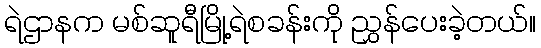
ရဲဌာနက မစ်ဆူရီမြို့ရဲစခန်းကို ညွှန်ပေးခဲ့တယ်။